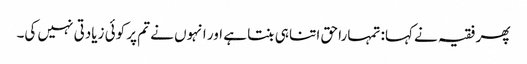
پھر فقیہ نے کہا: تمہارا حق اتنا ہی بنتا ہے اور انہوں نے تم پر کوئی زیادتی نہیں کی۔